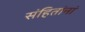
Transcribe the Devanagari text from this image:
संहितांनां